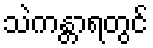
သဲကန္တာရတွင်